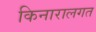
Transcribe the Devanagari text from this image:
किनारालगत